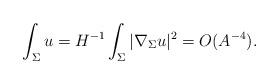
LaTeX: \begin{align*} \int_\Sigma u = H^{-1} \int_\Sigma |\nabla_\Sigma u|^2 = O (A^{-4}).\end{align*}